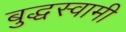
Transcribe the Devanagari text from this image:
बुद्धस्वामी